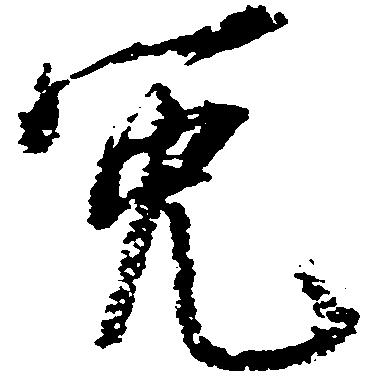
免